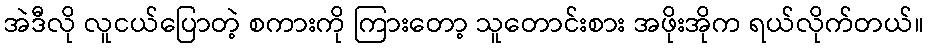
အဲဒီလို လူငယ်ပြောတဲ့ စကားကို ကြားတော့ သူတောင်းစား အဖိုးအိုက ရယ်လိုက်တယ်။